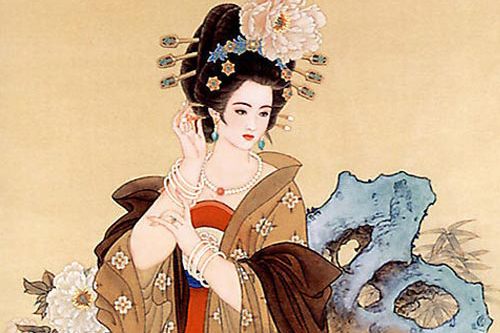
巧笑倩兮，美目盼兮。